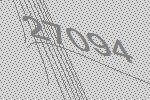
27094